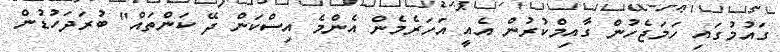
ގައުމުގައި ހަމަޖެހުން ގާއިމްކުރުން އެއީ އަހަރެމެން އެންމެ އިސްކަން ދޭ ކަންތައް" ބުރަދަހުޑުން